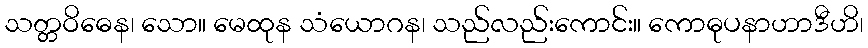
သတ္တဝိဓေန၊ သော။ မေထုန သံယောဂန၊ သည်လည်းကောင်း။ ကောဓုပနာဟာဒီဟိ၊